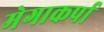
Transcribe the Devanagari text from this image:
मेगाकर्पा